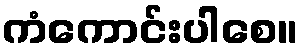
ကံကောင်းပါစေ။